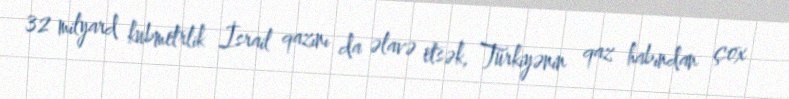
32 milyard kubmetrlik İsrail qazını da əlavə etsək, Türkiyənin qaz habından çox